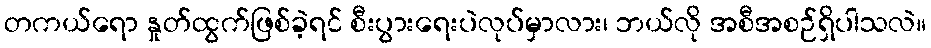
တကယ်ရော နှုတ်ထွက်ဖြစ်ခဲ့ရင် စီးပွားရေးပဲလုပ်မှာလား၊ ဘယ်လို အစီအစဉ်ရှိပါသလဲ။